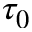
\tau _ { 0 }